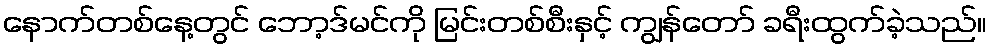
နောက်တစ်နေ့တွင် ဘော့ဒ်မင်ကို မြင်းတစ်စီးနှင့် ကျွန်တော် ခရီးထွက်ခဲ့သည်။